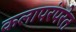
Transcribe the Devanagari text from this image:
कलापरंपरेत